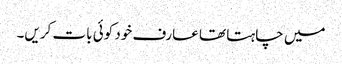
میں چاہتا تھا عارف خود کوئی بات کریں۔